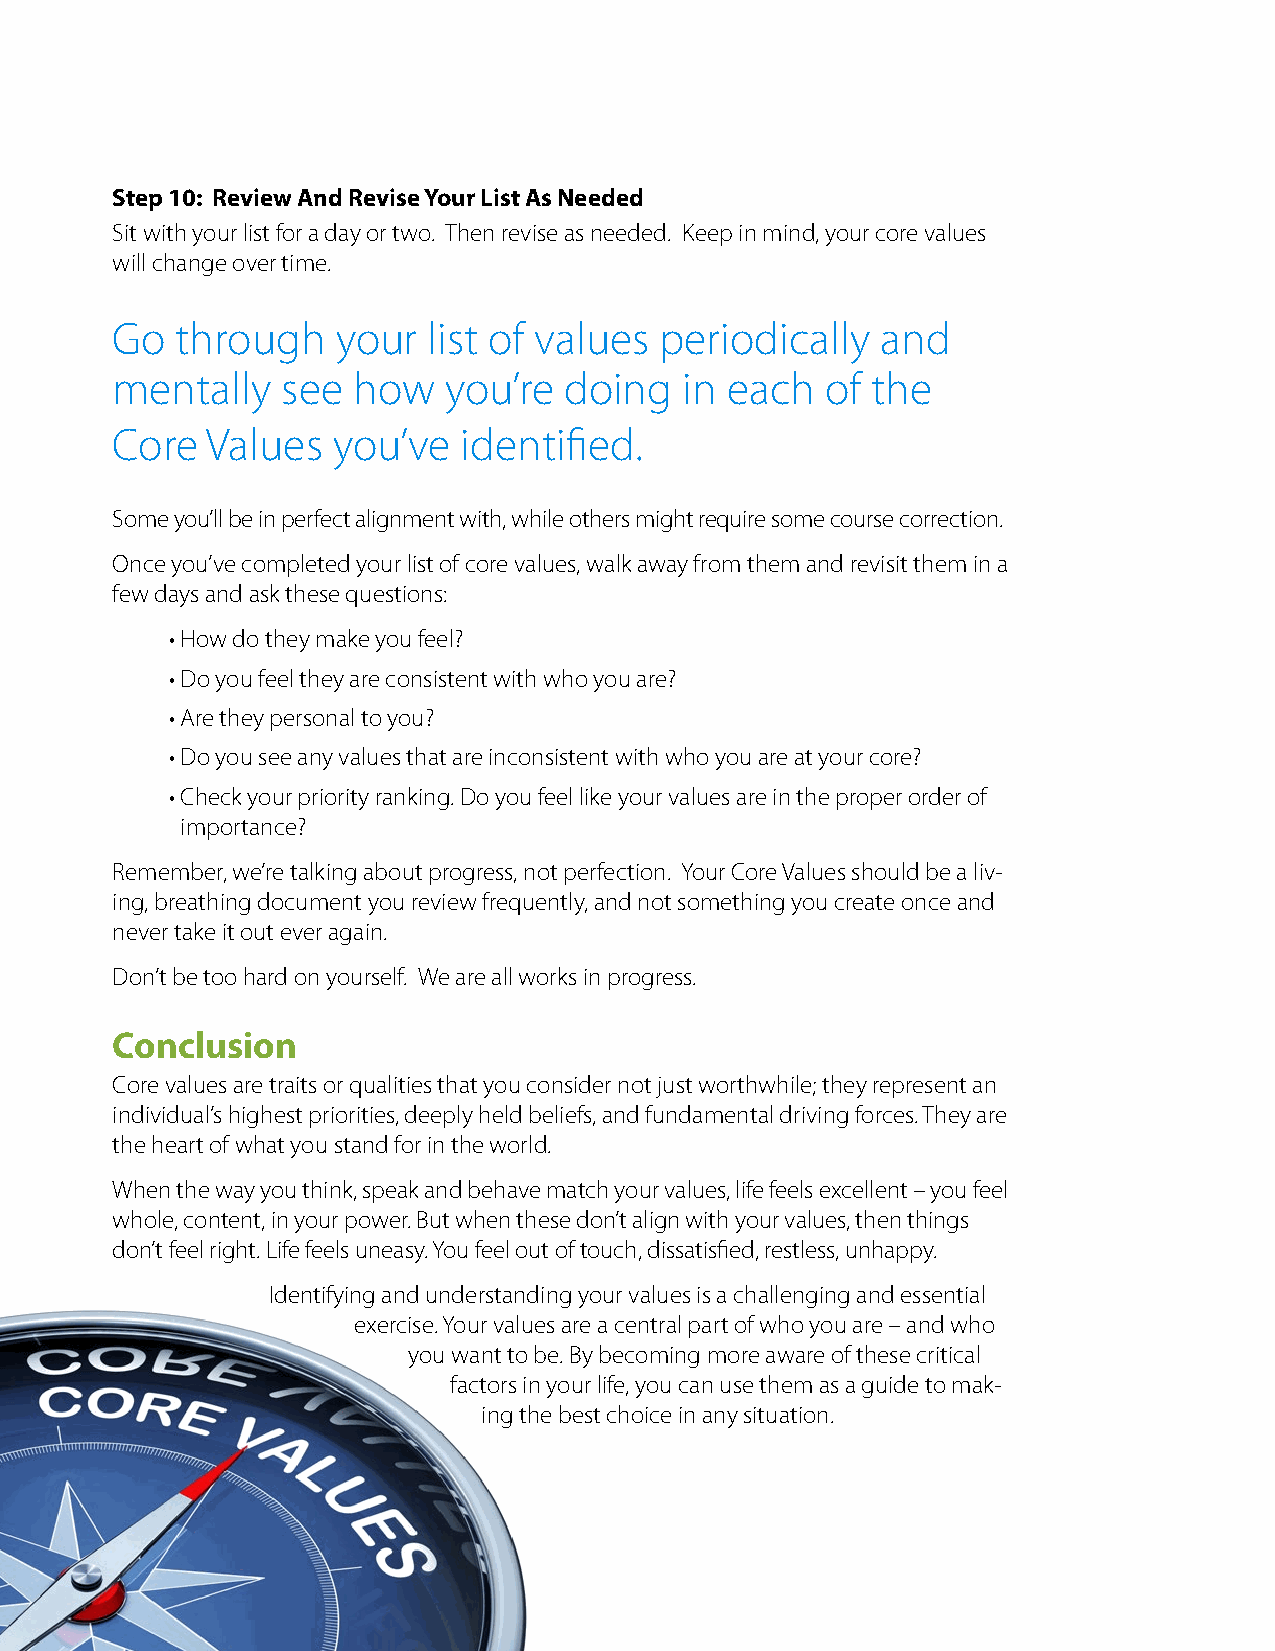
Step 10: Review And Revise Your List As Needed
 Sit with your list for a day or two. Then revise as needed. Keep in mind, your core values
 will change over time.
 Go   through   your  list of values  periodically  and
 mentally    see how   you’re  doing   in each   of the
 Core   Values  you’ve   identified.
 Some you’ll be in perfect alignment with, while others might require some course correction.
 Once you’ve completed your list of core values, walk away from them and revisit them in a
 few days and ask these questions:
 • How do they make you feel?
 • Do you feel they are consistent with who you are?
 • Are they personal to you?
 • Do you see any values that are inconsistent with who you are at your core?
 • Check your priority ranking. Do you feel like your values are in the proper order of
 importance?
 Remember, we’re talking about progress, not perfection. Your Core Values should be a liv-
 ing, breathing document you review frequently, and not something you create once and
 never take it out ever again.
 Don’t be too hard on yourself. We are all works in progress.
 Conclusion
 Core values are traits or qualities that you consider not just worthwhile; they represent an
 individual’s highest priorities, deeply held beliefs, and fundamental driving forces. They are
 the heart of what you stand for in the world.
 When the way you think, speak and behave match your values, life feels excellent – you feel
 whole, content, in your power. But when these don’t align with your values, then things
 don’t feel right. Life feels uneasy. You feel out of touch, dissatisfied, restless, unhappy.
 Identifying and understanding your values is a challenging and essential
 exercise. Your values are a central part of who you are – and who
 you want to be. By becoming more aware of these critical
 factors in your life, you can use them as a guide to mak-
 ing the best choice in any situation.